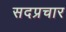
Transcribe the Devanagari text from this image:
सदप्रचार